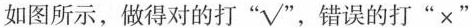
如图所示，做得对的打”√”，错误的打”×”